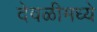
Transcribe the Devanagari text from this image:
देवळीमध्ये